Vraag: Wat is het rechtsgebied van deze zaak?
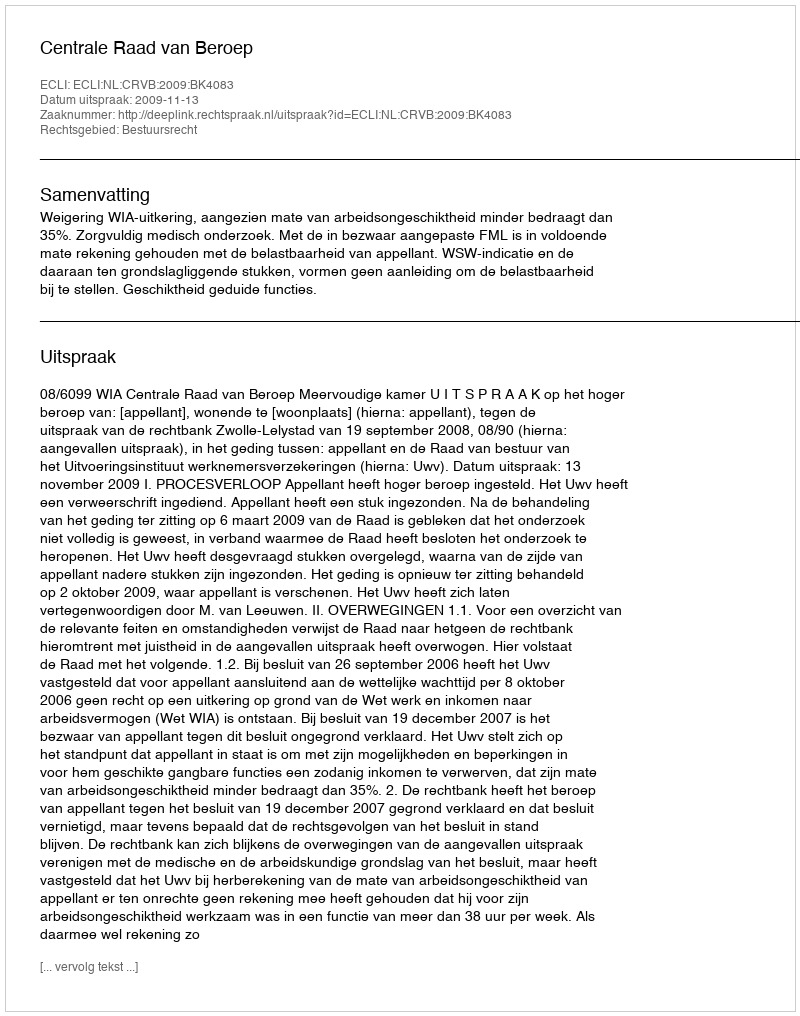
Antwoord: Bestuursrecht